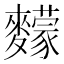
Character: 䵆